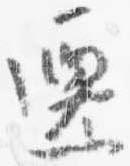
遷